Annual report of the Punjab Veterinary College and of the Civil Veterinary Department, Punjab - 1926-1932
Year: 1926
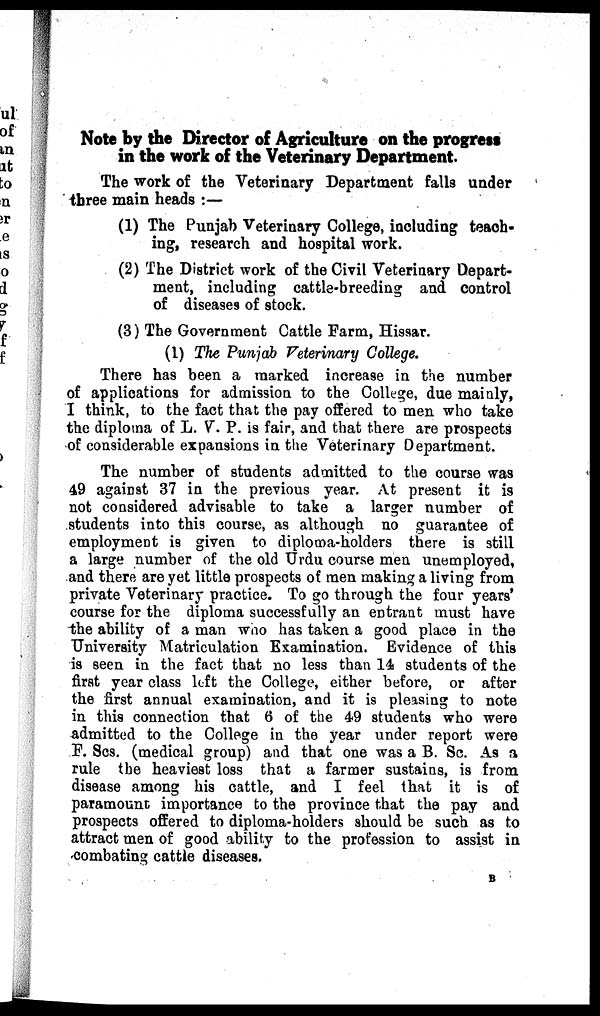
Note by the Director of Agriculture on the progress
in the work of the Veterinary Department.
The work of the Veterinary Department falls under
three main heads :—
(1) The Punjab Veterinary College, including teach-
ing, research and hospital work.
(2) The District work of the Civil Veterinary Depart-
ment, including cattle-breeding and control
of diseases of stock.
(3) The Government Cattle Farm, Hissar.
(1) The Punjab Veterinary College.
There has been a marked increase in the number
of applications for admission to the College, due mainly,
I think, to the fact that the pay offered to men who take
the diploma of L. V. P. is fair, and that there are prospects
of considerable expansions in the Veterinary Department.
The number of students admitted to the course was
49 against 37 in the previous year. At present it is
not considered advisable to take a larger number of
students into this course, as although no guarantee of
employment is given to diploma-holders there is still
a large number of the old Urdu course men unemployed,
and there are yet little prospects of: men making a living from
private Veterinary practice. To go through the four years'
course for the diploma successfully an entrant must have
the ability of a man who has taken a good place in the
University Matriculation Examination. Evidence of this
is seen in the fact that no less than 14 students of the
first year class left the College, either before, or after
the first annual examination, and it is pleasing to note
in this connection that 6 of the 49 students who were
admitted to the College in the year under report were
F. Scs. (medical group) and that one was a B. Sc. As a
rule the heaviest loss that a farmer sustains, is from
disease among his cattle, and I feel that it is of
paramount importance to the province that the pay and
prospects offered to diploma-holders should be such as to
attract men of good ability to the profession to assist in
combating cattle diseases.
B